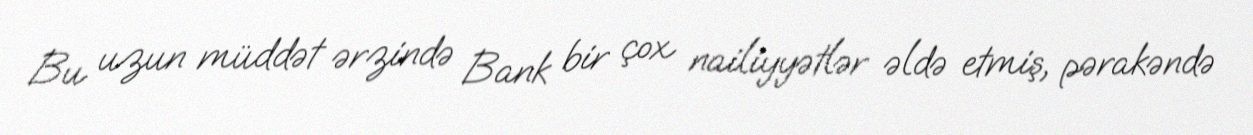
Bu uzun müddət ərzində Bank bir çox nailiyyətlər əldə etmiş, pərakəndə